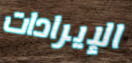
الإيرادات